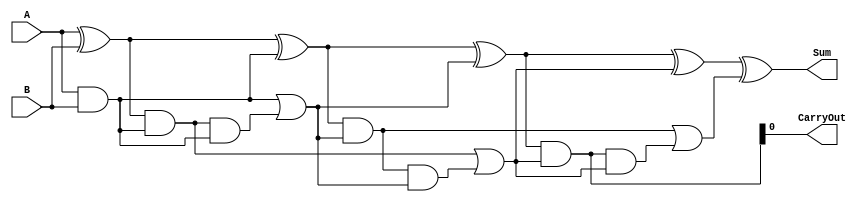
module Brent_Kung_Adder(
    input wire [31:0] A,
    input wire [31:0] B,
    output reg [31:0] Sum,
    output wire CarryOut
);

reg [31:0] P[4:0]; //partial sums
reg [31:0] G[4:0]; //generate signals
reg [31:0] C[4:0]; //carry propagation signals

assign P[0] = A ^ B;
assign G[0] = A & B;
assign C[0] = G[0];

assign P[1] = P[0] ^ C[0];
assign G[1] = P[0] & C[0];
assign C[1] = G[0] | (G[1] & C[0]);

assign P[2] = P[1] ^ C[1];
assign G[2] = P[1] & C[1];
assign C[2] = G[1] | (G[2] & C[1]);

assign P[3] = P[2] ^ C[2];
assign G[3] = P[2] & C[2];
assign C[3] = G[2] | (G[3] & C[2]);

assign P[4] = P[3] ^ C[3];
assign G[4] = P[3] & C[3];
assign C[4] = G[3];

assign Sum = P[4];
assign CarryOut = C[4];

endmodule